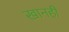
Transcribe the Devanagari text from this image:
खानही